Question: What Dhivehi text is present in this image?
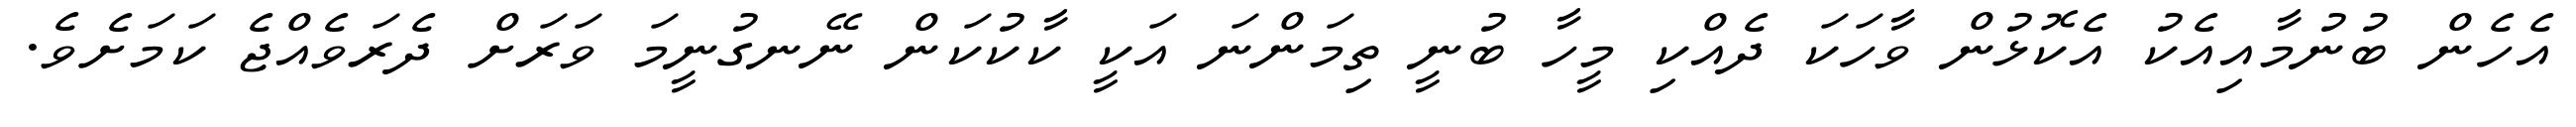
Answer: އެހެން ބުނުމާއިއެކު އެކޮޅުން ވާހަކަ ދެއްކި މީހާ ބުނީ ތިމަންނަ އަކީ ކާކުކަން ނޭނގުނީމަ ވަރަށް ދެރަވެއްޖެ ކަމަށެވެ.